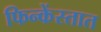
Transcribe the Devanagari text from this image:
फिन्केंस्तात